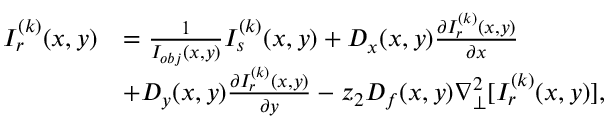
\begin{array} { r l } { I _ { r } ^ { ( k ) } ( x , y ) } & { = \frac { 1 } { I _ { o b j } ( x , y ) } I _ { s } ^ { ( k ) } ( x , y ) + D _ { x } ( x , y ) \frac { \partial I _ { r } ^ { ( k ) } ( x , y ) } { \partial x } } \\ & { + D _ { y } ( x , y ) \frac { \partial I _ { r } ^ { ( k ) } ( x , y ) } { \partial y } - z _ { 2 } D _ { f } ( x , y ) \nabla _ { \perp } ^ { 2 } [ I _ { r } ^ { ( k ) } ( x , y ) ] , } \end{array}